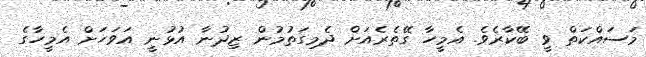
މަސައްކަތް ވީ ބޭކާރެވެ. އެމީހާ ގޭތެރެއަށް ދެމިގަތުމުން ޒިދުނާ އުޅުނީ އަވަހަށް އެމީހާގެ